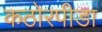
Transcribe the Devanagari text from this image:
कठोरपीडा